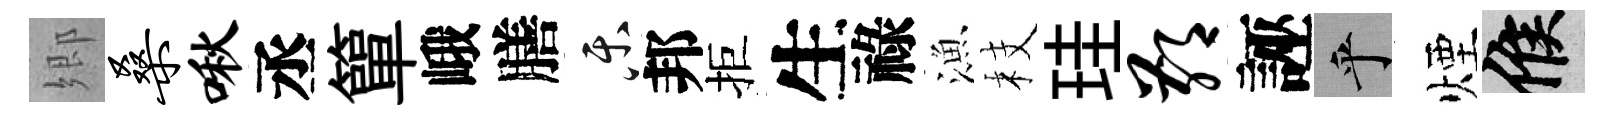
郷桑啾丞簞峨膳乐邦拒生祿漁枝珪鄙誣乎煙候